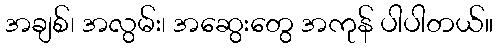
အချစ်၊ အလွမ်း၊ အဆွေးတွေ အကုန် ပါပါတယ်။